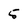
Character: 5